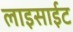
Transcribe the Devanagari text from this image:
लाइसाईट